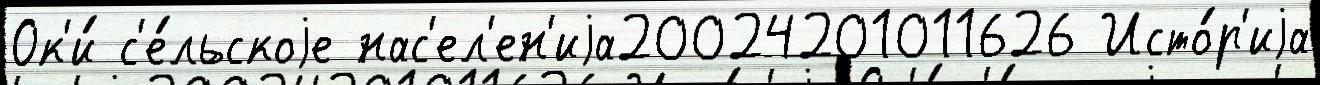
Ок'и́ с'е́льскоjе нас'ел'ен'иjа20024201011626 Исто́р'иjа